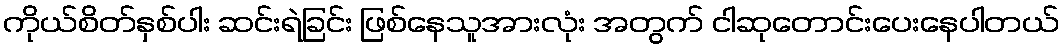
ကိုယ်စိတ်နှစ်ပါး ဆင်းရဲခြင်း ဖြစ်နေသူအားလုံး အတွက် ငါဆုတောင်းပေးနေပါတယ်